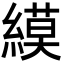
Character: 縸